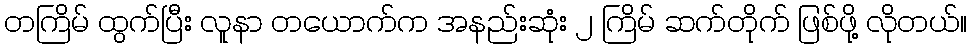
တကြိမ် ထွက်ပြီး လူနာ တယောက်က အနည်းဆုံး ၂ ကြိမ် ဆက်တိုက် ဖြစ်ဖို့ လိုတယ်။